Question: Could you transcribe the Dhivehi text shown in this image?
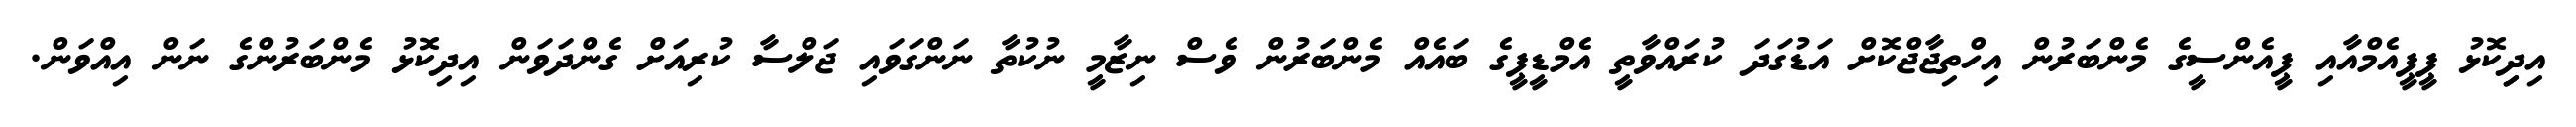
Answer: އިދިިކޮޅު ޕީޕީއެމްއާއި ޕީއެންސީގެ މެންބަރުން އިހްތިޖާޖްކޮށް އަޑުގަދަ ކުރައްވާތީ އެމްޑީޕީގެ ބައެއް މެންބަރުން ވެސް ނިޒާމީ ނުކުތާ ނަންގަވައި ޖަލްސާ ކުރިއަށް ގެންދަވަން އިދިކޮޅު މެންބަރުންގެ ނަން އިއްވަން.